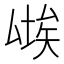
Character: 𱑨